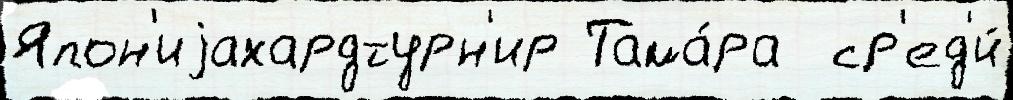
Япон'иjахардтурн'ир Тама́ра  ср'ед'и́